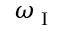
\omega _ { \textup { I } }